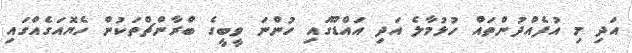
އަދި މި އުފެއްދުންތައް ހުޅުމާލެ އަދި އައްޑޫގައި ހުންނަ ވީބީގެ ބްރާންޗްތަކުން ހެޔޮއަގެއްގައި